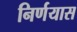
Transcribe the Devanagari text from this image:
निर्णयास